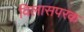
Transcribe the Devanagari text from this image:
विलासपरक